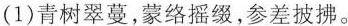
(1)青树翠蔓，蒙络摇缀，参差披拂。